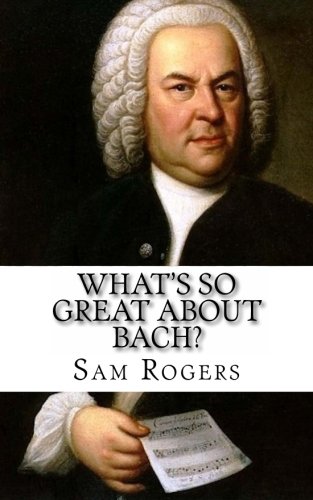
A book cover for What's So Great About Bach?: A Biography of Johann Sebastian Bach Just for Kids!; Sam Rogers; Children's Books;